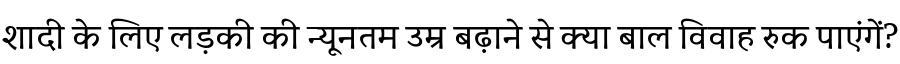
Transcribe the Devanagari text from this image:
शादी के लिए लड़की की न्यूनतम उम्र बढ़ाने से क्या बाल विवाह रुक पाएंगें?